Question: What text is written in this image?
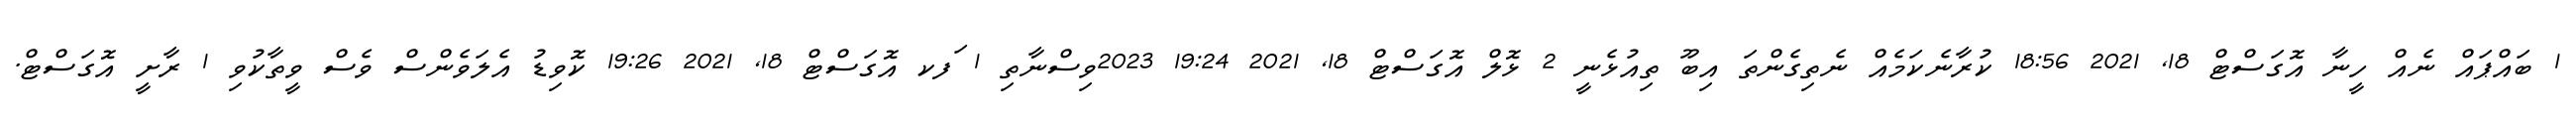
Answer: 1 ބައްޕައް ނެއް ހީނާ އޮގަސްޓް 18, 2021 18:56 ކުރާނެކަމެއް ނެތިގެންތަ އިބޫ ތިއުޅެނީ 2 ޅޮލް އޮގަސްޓް 18, 2021 19:24 2023ވިސްނާތި 1 ަފކ އޮގަސްޓް 18, 2021 19:26 ކޮވިޑު އެލަވެންސް ވެސް ވީތާކުވި 1 ރާށީ އޮގަސްޓް.